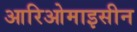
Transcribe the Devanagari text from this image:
आरिओमाइसीन